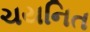
ચયનિત